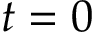
t = 0